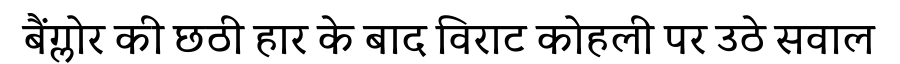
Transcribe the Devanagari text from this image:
बैंग्लोर की छठी हार के बाद विराट कोहली पर उठे सवाल